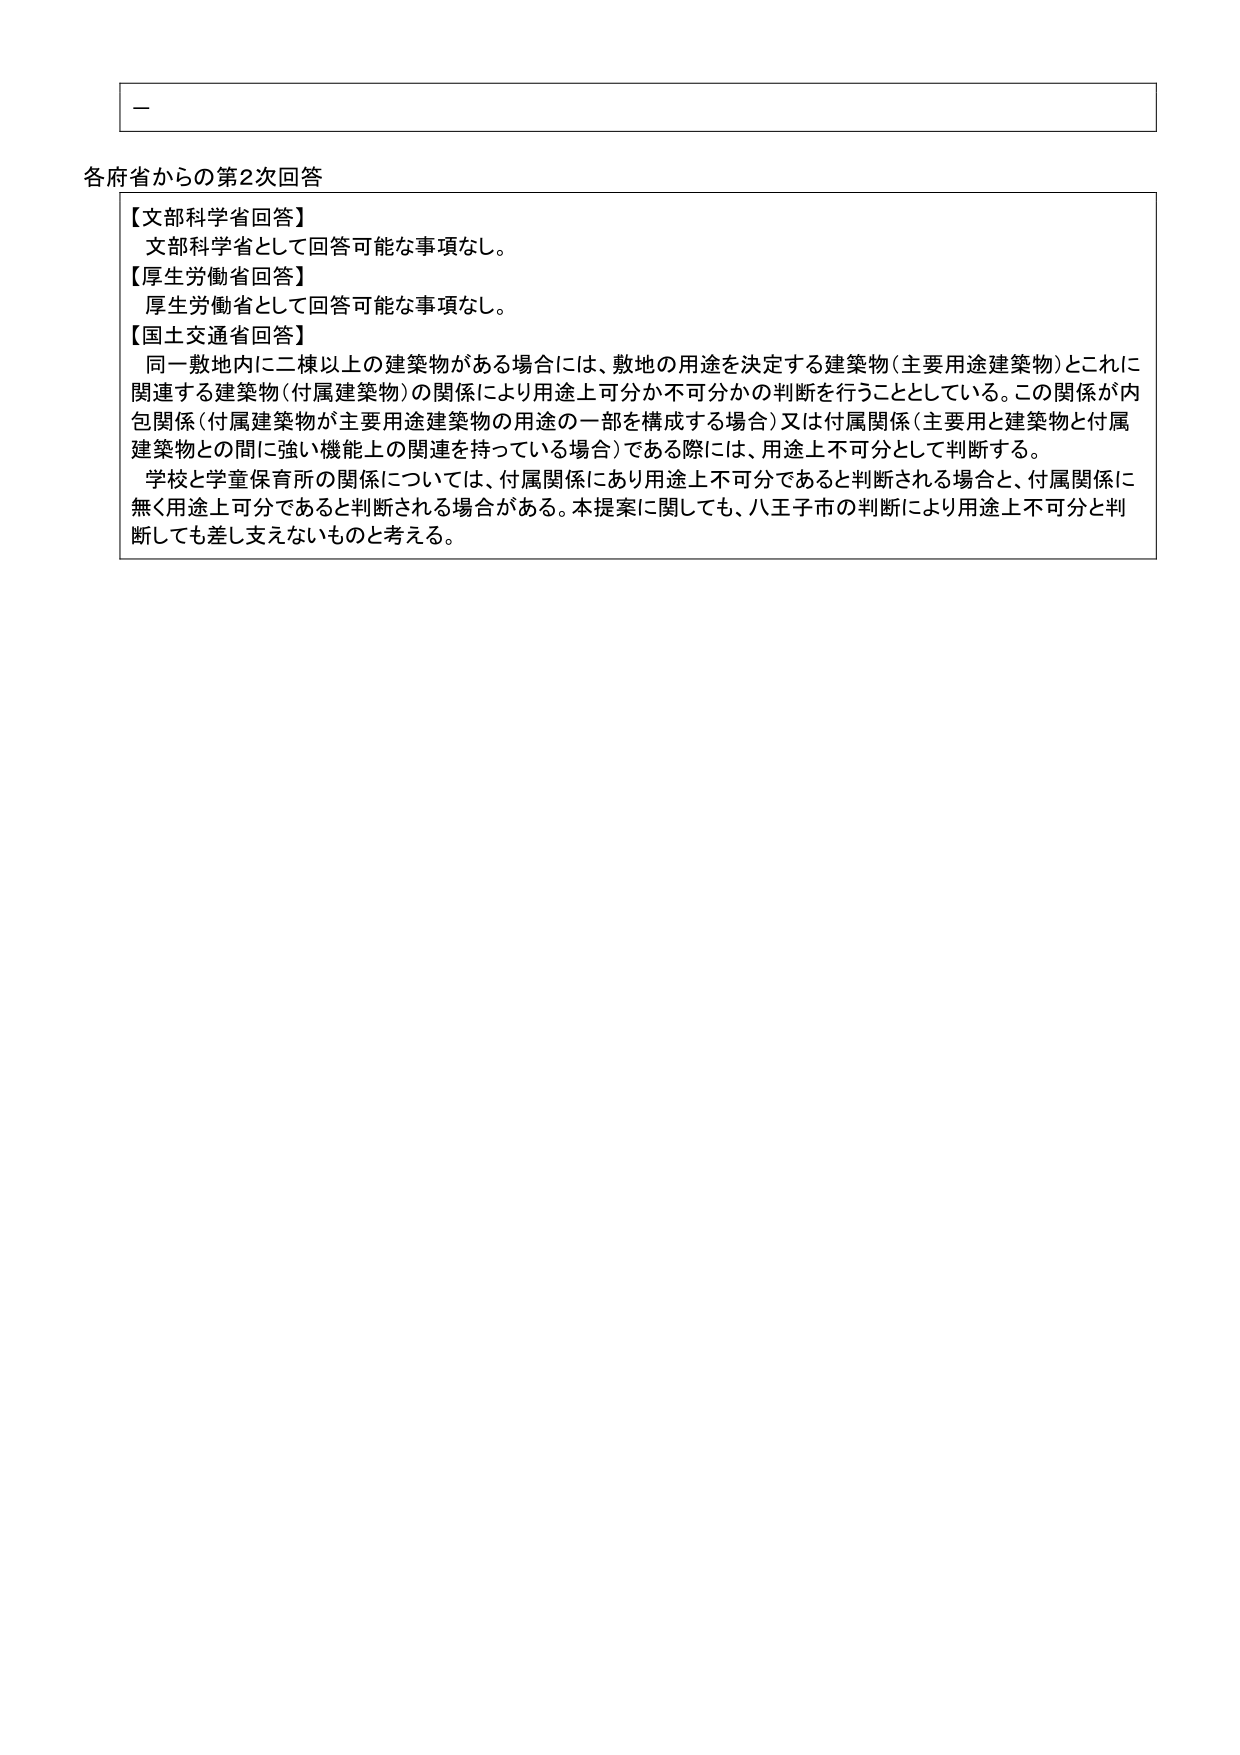
一

各府省からの第2次回答

【文部科学省回答】
文部科学省として回答可能な事項なし。

【厚生労働省回答】
厚生労働省として回答可能な事項なし。

【国土交通省回答】
同一敷地内に二棟以上の建築物がある場合には、敷地の用途を決定する建築物（主要用途建築物）とこれに関連する建築物（付属建築物）の関係により用途上可分か不可分かの判断を行うこととしている。この関係が内包関係（付属建築物が主要用途建築物の用途の一部を構成する場合）又は付属関係（主要用と建築物と付属建築物との間に強い機能上の関連を持っている場合）である際には、用途上不可分として判断する。
学校と学童保育所の関係については、付属関係にあり用途上不可分であると判断される場合と、付属関係に無く用途上可分であると判断される場合がある。本提案に関しても、八王子市の判断により用途上不可分と判断しても差し支えないものと考える。